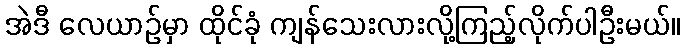
အဲဒီ လေယာဉ်မှာ ထိုင်ခုံ ကျန်သေးလားလို့ကြည့်လိုက်ပါဦးမယ်။